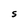
Character: S